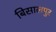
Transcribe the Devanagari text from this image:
बिसालपुर